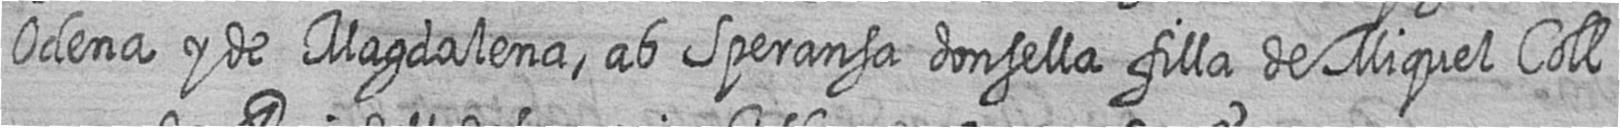
Odena y de Magdalena ab Speransa donsella filla de Miquel Coll